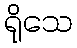
ရိုသေ